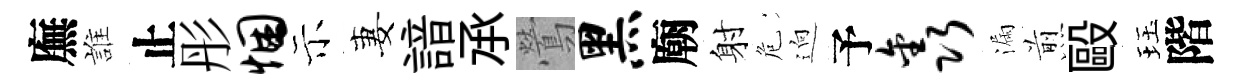
廡誰止彤悃示妻諳𠄘鶯黑廟射危逈予鑫漏煎毆珏階